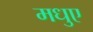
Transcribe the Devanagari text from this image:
मधुए